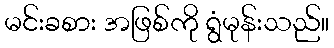
မင်းခစား အဖြစ်ကို ရွံမုန်းသည်။